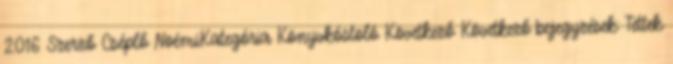
2016 Szerző Cséplő NoémiKategória Könyvkóstoló Következő Következő bejegyzések: Tettek